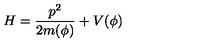
H = \frac { p ^ { 2 } } { 2 m ( \phi ) } + V ( \phi )